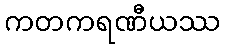
ကတကရဏီယဿ